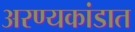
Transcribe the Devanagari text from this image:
अरण्यकांडात